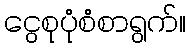
ငွေစုပုံစံစာရွက်။